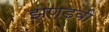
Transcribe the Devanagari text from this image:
झण्डवी